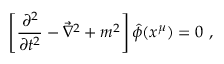
\left[ \frac { \partial ^ { 2 } } { \partial t ^ { 2 } } - \vec { \nabla } ^ { 2 } + m ^ { 2 } \right] \hat { \phi } ( x ^ { \mu } ) = 0 \ ,